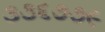
૩૩૬૭૭૯